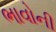
ભાવોની